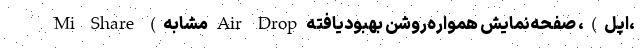
Mi Share (مشابه Air Drop اپل)، صفحه‌نمایش همواره‌روشن بهبودیافته،